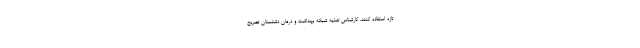
تازه استفاده کنند. کارشناس تغذیه شبکه بهداشت و درمان دشتستان تصریح